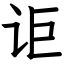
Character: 讵